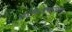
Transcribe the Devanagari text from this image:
डाईमिथाइलक्सानथाइंस